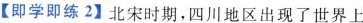
【即学即练2】北宋时期，四川地区出现了世界上